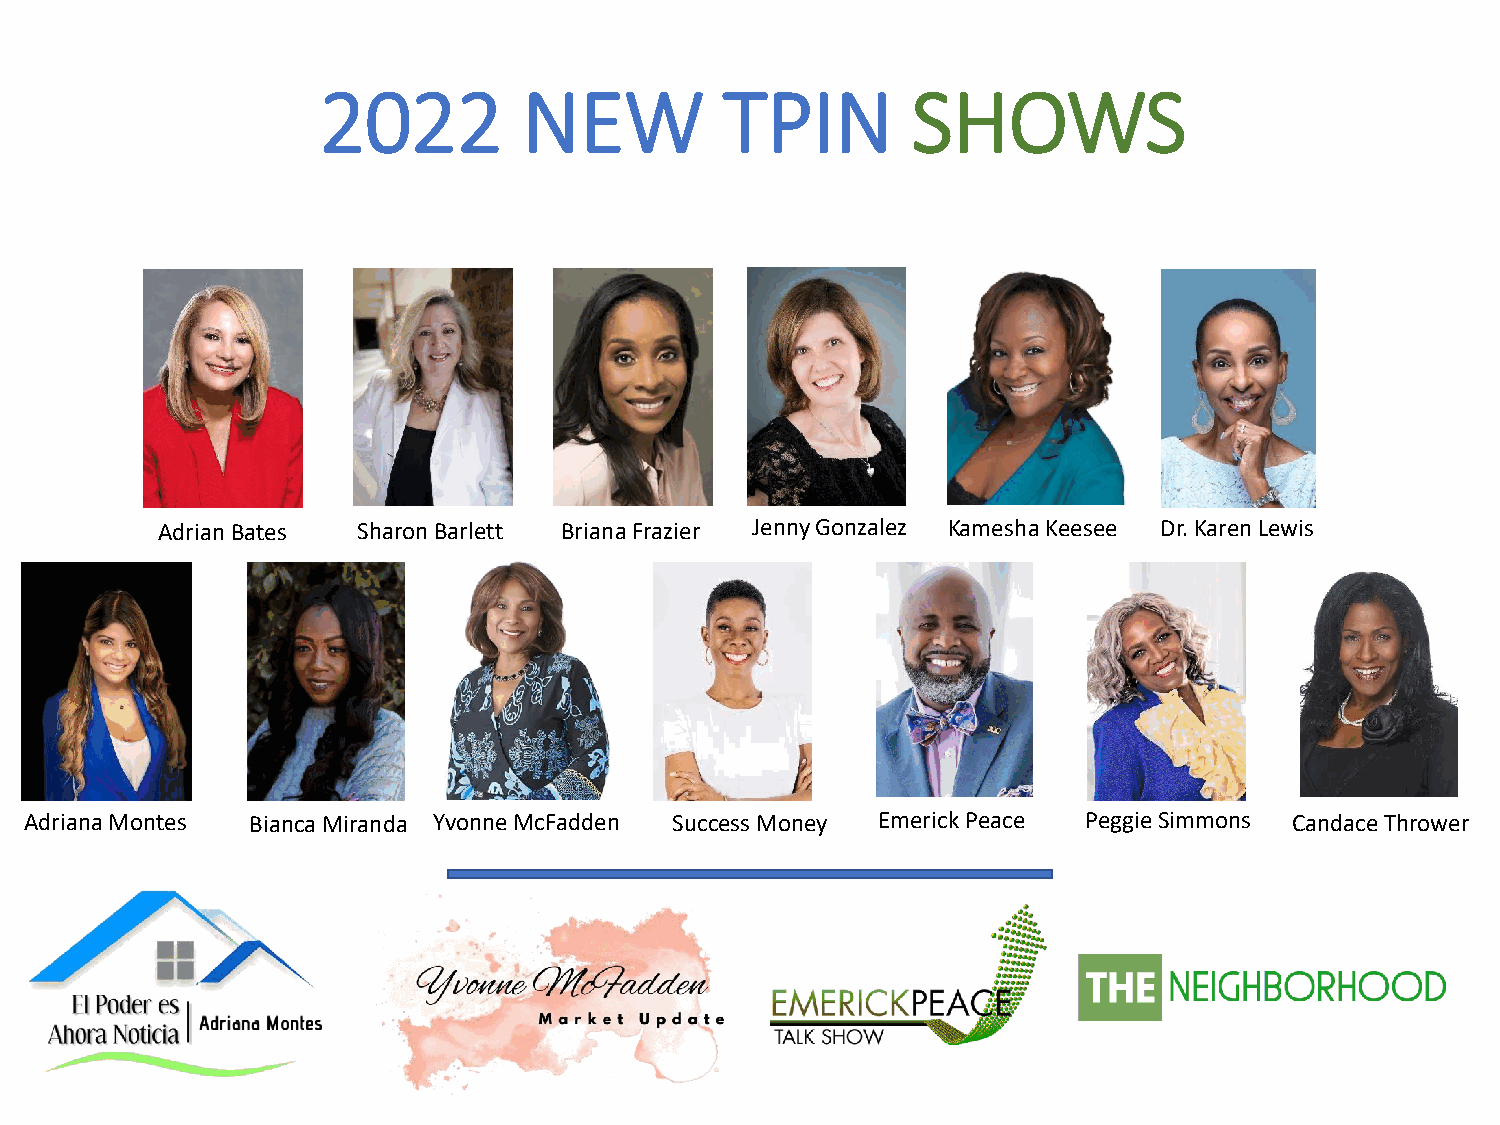
2022          NEW          TPIN        SHOWS
 Adrian Bates  Sharon Barlett Briana Frazier Jenny Gonzalez KameshaKeesee Dr. Karen Lewis
 Adriana Montes Bianca Miranda Yvonne McFadden Success Money Emerick Peace Peggie Simmons Candace Thrower